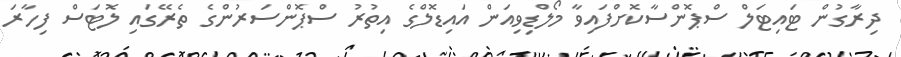
ދިރާގުން ޓައިޓަލް ސްޕޮންސާކޮށްފައިވާ މޯލްޑިވިއަން އައިޑޮލްގެ އިތުރު ސްޕޮންސަރުންގެ ތެރޭގައި ލޮޓަސް ފިހާރަ